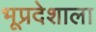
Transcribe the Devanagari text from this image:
भूप्रदेशाला